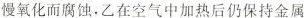
慢氧化而腐蚀，乙在空气中加热后仍保持金属